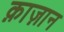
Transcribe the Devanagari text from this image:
क़ाज़ान